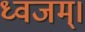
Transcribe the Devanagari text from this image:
ध्वजम्।